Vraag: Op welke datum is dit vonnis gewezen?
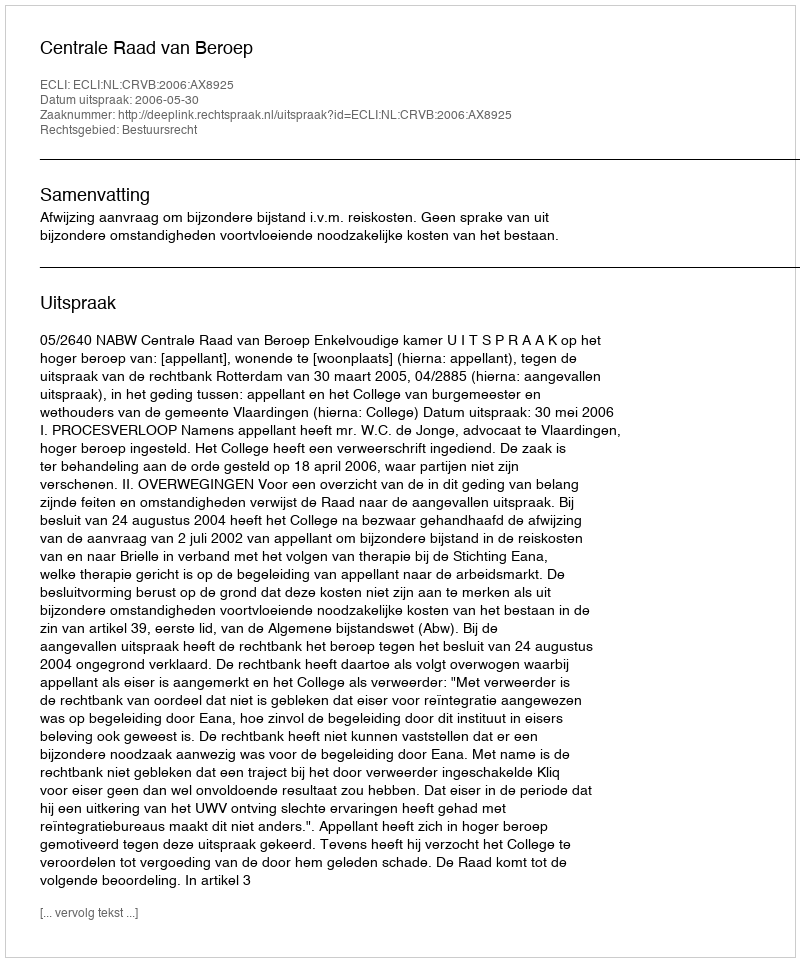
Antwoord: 2006-05-30